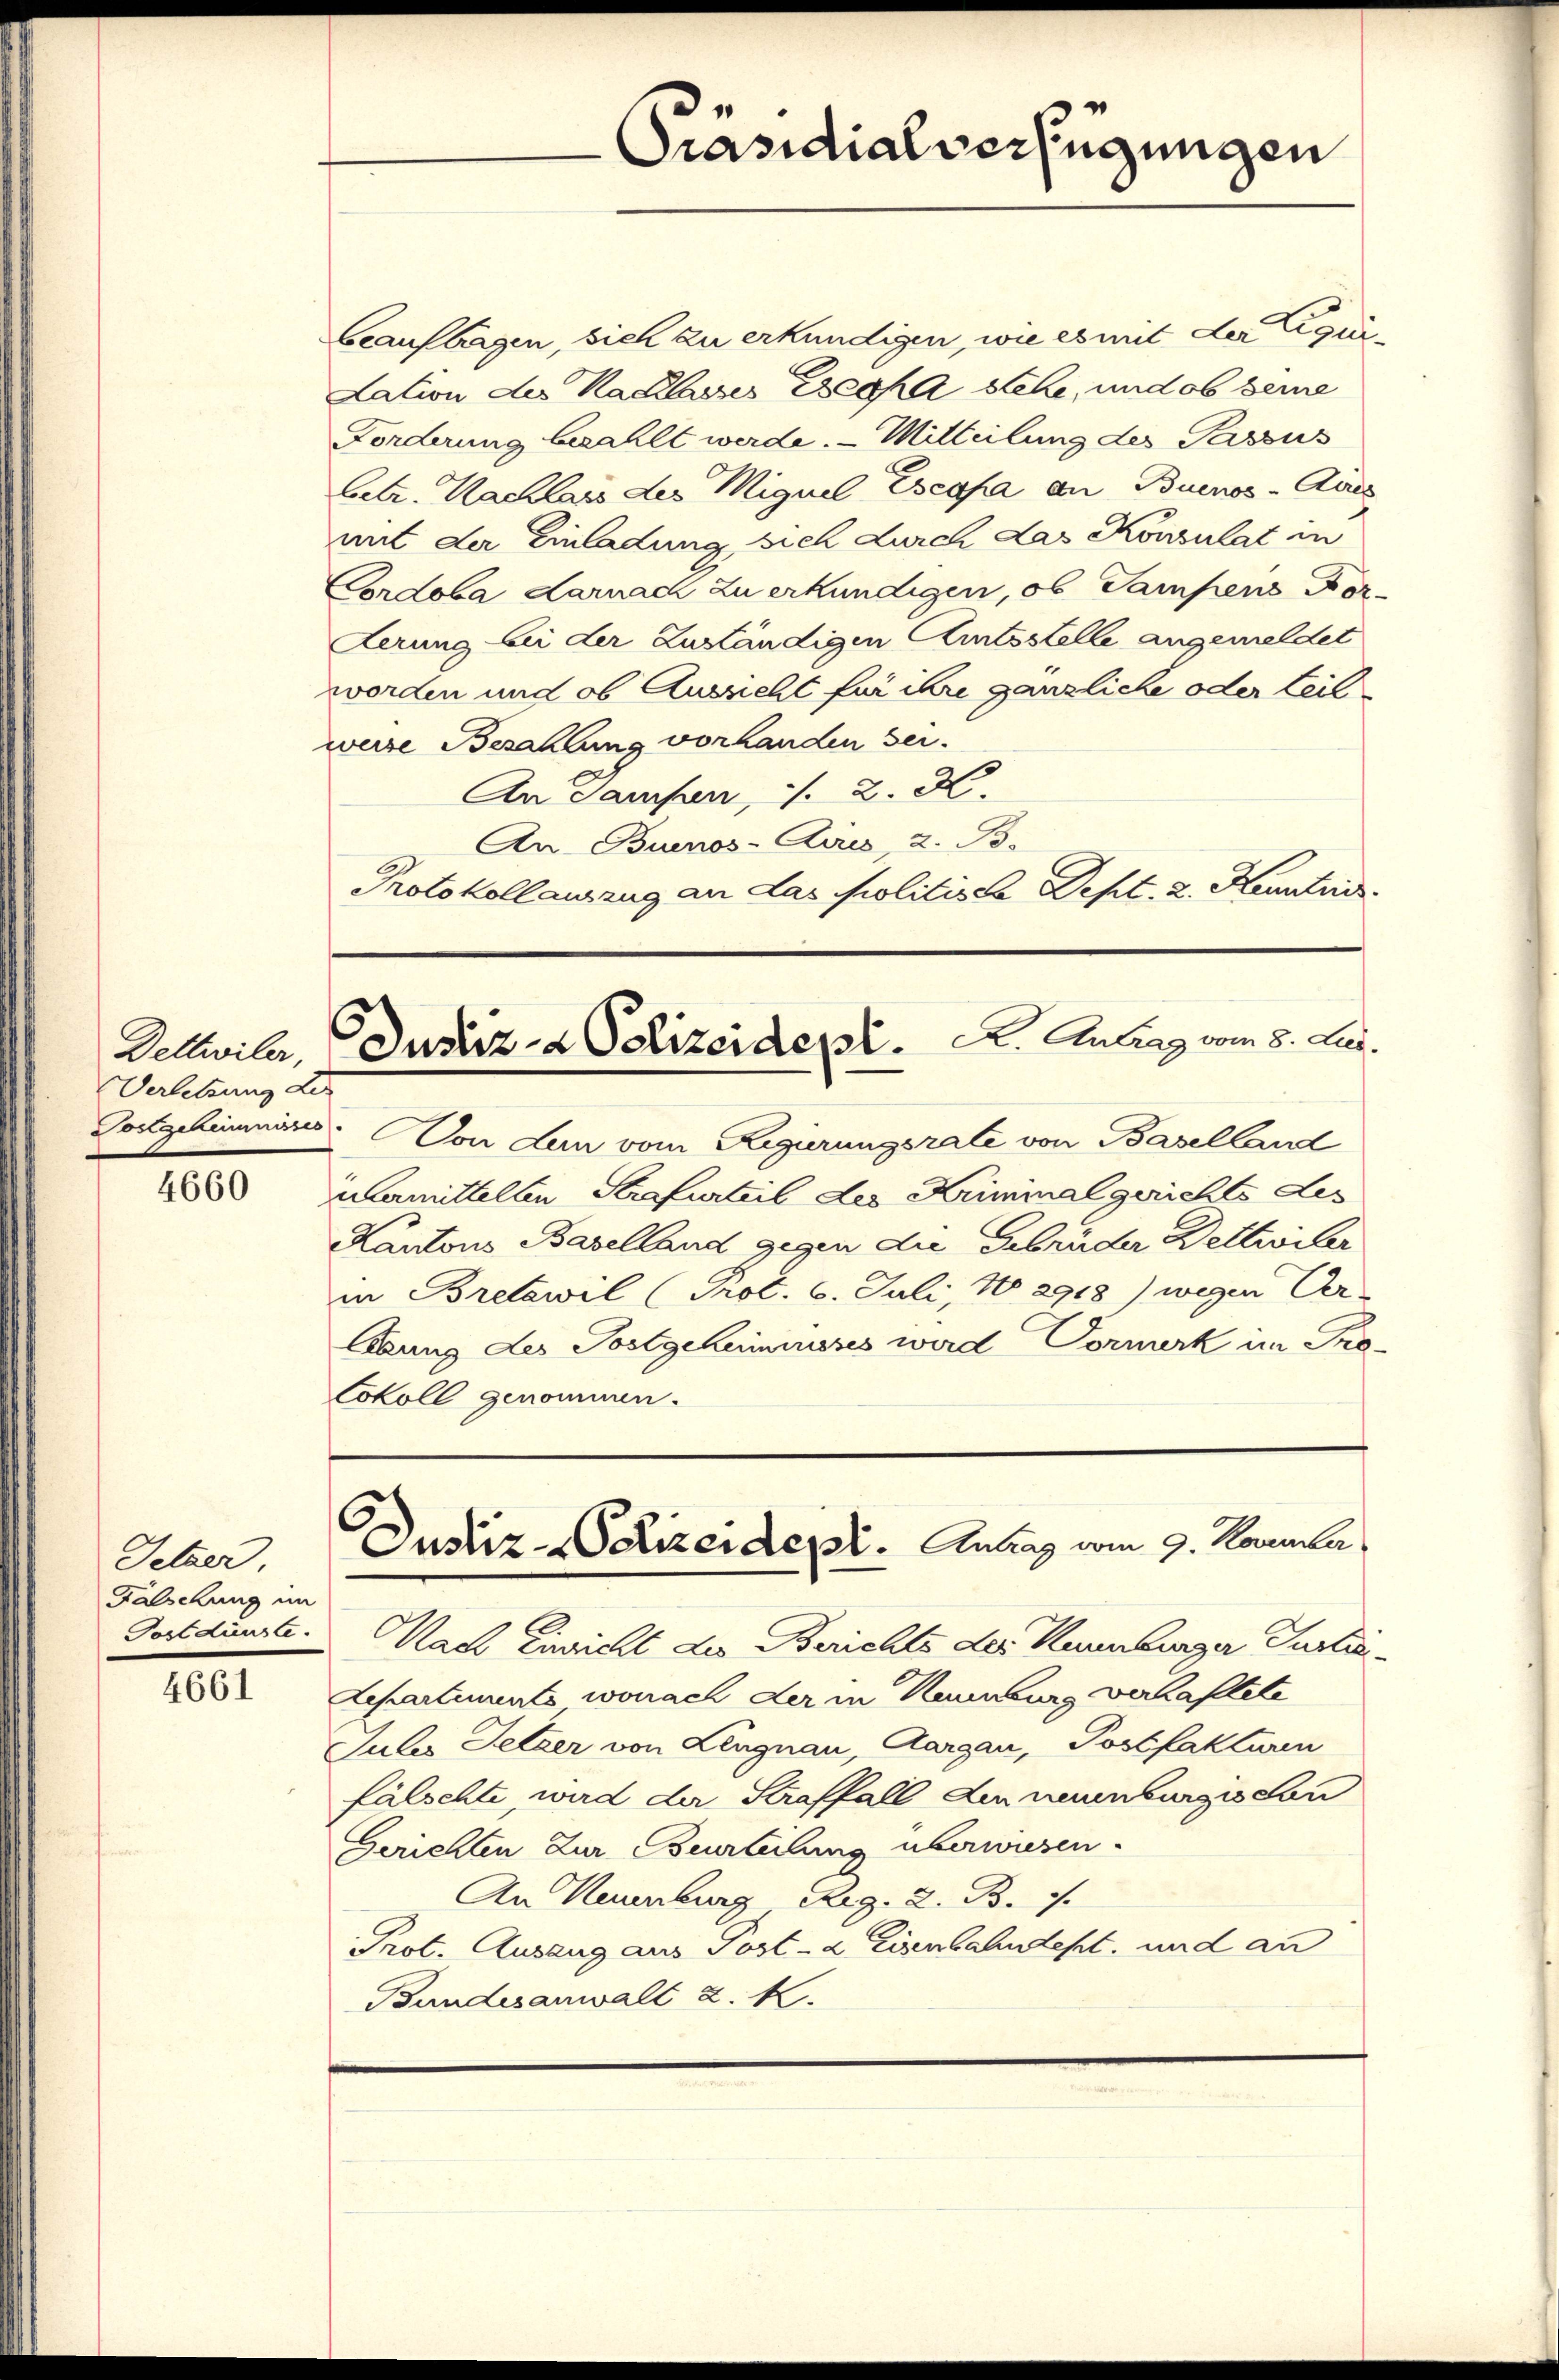
Dettwiler,
Verletzung des
Tostgeheimnisses

4660

Feber
Fälschung im
Postdünste.

4661

Beauftragen, sich zu erkundigen, wie es mit der Liqui¬
Lation des Kaclasses Execha stehe, und ob seine
Forderung bezahlt werde. - Mitteilung des Passus
betr. Nachlass des Miguel Escasa an Buenos-Auss
mit der Einladung sich durch das Konsulat in
Cordoba darnach zu erkundigen, ob Sampens For-
derung bei der Zuständigen Amtsstelle angemeldet
worden und ob Aussicht für ihre gänzliche oder teil
weise Bezahlung vorhanden sei.
An Gampen, 1. 2. X.
An Buenos-Ayres, 2. B.
Protokollauszug an das Politische Sept. 2. Kenntni

übermittelten Strafurteil des Kriminalgerichts des
Kantons Baselland gegen die Gebrüder Bettivier
in Bretswil (Prot. 6. Juli, No 2918) wegen Ver-
lbung des Postgeheimnises wird Vormerk in Pro¬
Cokoll genommen.

Präsidialverfügungen

Justiz- & Polizeidept. K. Antrag vom 8. Led.

Von den vom Regurungsrate von Baselland
Justiz-dizeident. Antrag vom 9. November
Nach Einricht des Berichts der Kaumburger Justi-
Lepartiments wonach der in Naumburg verhaftete
Julis Setzer von Lengnau, Aargau, Postfakturen
fälschte, wird der Straffall den neuenburgischen
Gerichten Zur Beurteilung überwiesen.
An Kaumburg Reg. 2. B. 7.
Prot. Auszug aus Post- & Eisenbahndept, und an
Bundesanwalt u. k.